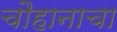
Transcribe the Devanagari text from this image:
चौहानाचा